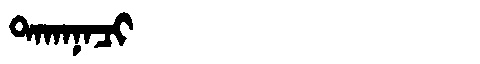
Manchu: ᡨᠠᡴᠠᠨᠠᠴᡳ
Romanization: TAKANACI